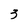
Character: 3